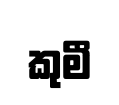
කුමී